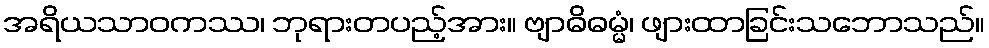
အရိယသာဝကဿ၊ ဘုရားတပည့်အား။ ဗျာဓိဓမ္မံ၊ ဖျားထာခြင်းသဘောသည်။